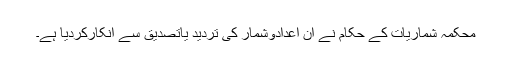
محکمہ شماریات کے حکام نے ان اعدادوشمار کی تردید یاتصدیق سے انکارکردیا ہے۔